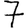
Digit: 7